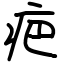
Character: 疤